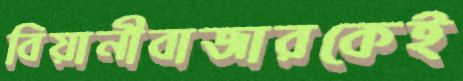
বিয়ানীবাজারকেই